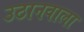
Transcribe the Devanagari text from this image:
उठानवाला